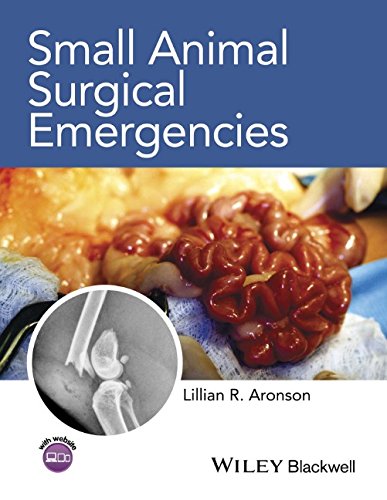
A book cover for Small Animal Surgical Emergencies; Medical Books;